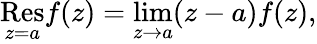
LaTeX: {\underset{z=a}{\mathrm{Res}}}f(z)=\operatorname*{lim}_{z\rightarrow a}(z-a)f(z),